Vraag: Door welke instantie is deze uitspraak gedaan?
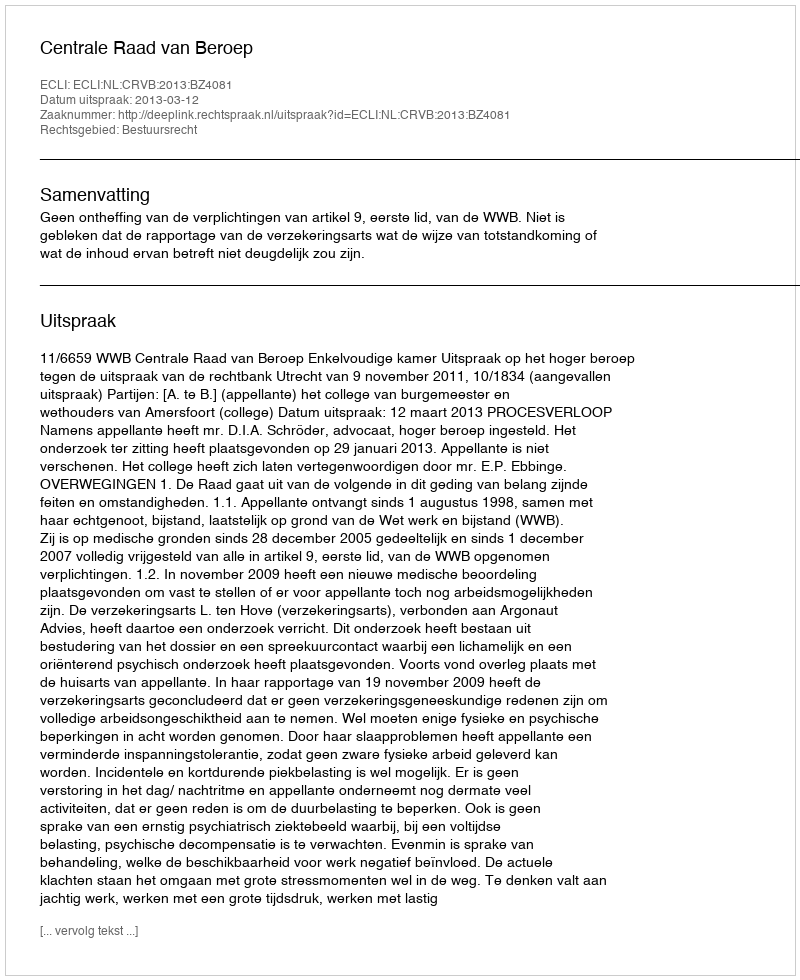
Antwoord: Centrale Raad van Beroep